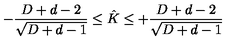
- \frac { D + d - 2 } { \sqrt { D + d - 1 } } \leq \hat { K } \leq + \frac { D + d - 2 } { \sqrt { D + d - 1 } }